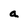
Character: a